Sketch of the medical history of the native army of Bombay, for the year
Year: 1872
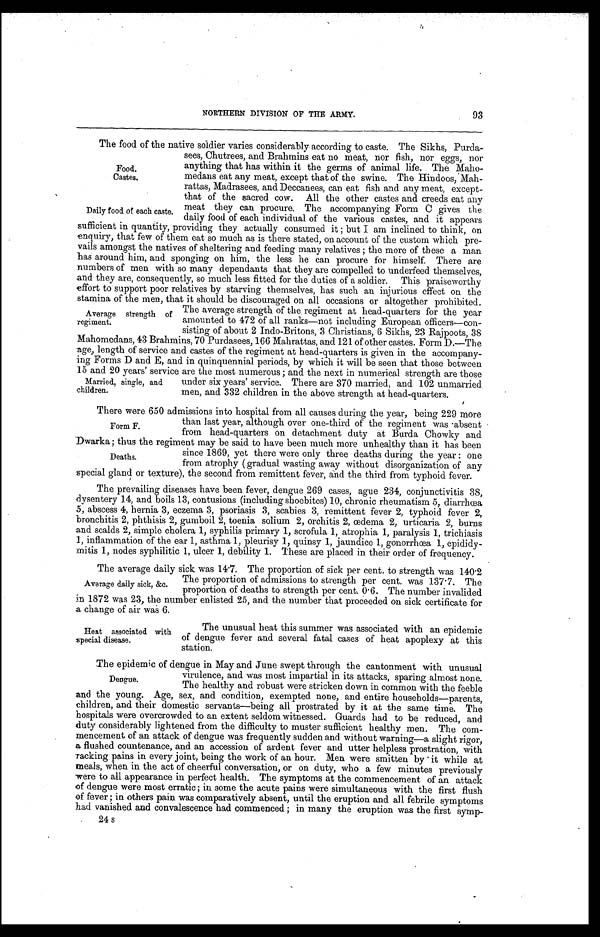
Food.
Castes.
Daily food of each caste.
NORTHERN DIVISION OF THE ARMY.
93
The food of the native soldier varies considerably according to caste. The Sikhs, Purda-
sees, Chutrees, and Brahmins eat no meat, nor fish, nor eggs, nor
anything that has within it the germs of animal life. The Maho-
medans eat any meat, except that of the swine. The Hindoos,
Mah rattas, Madrasees, and Deccanees, can eat fish and any meat, except-
that of the sacred cow. All the other castes and creeds eat any
meat they can procure. The accompanying Form C gives the
daily food of each individual of the various castes, and it appears
sufficient in quantity, providing they actually consumed it ; but I am inclined to think, on
enquiry, that few of them eat so much as is there stated, on account of the custom which pre-
vails amongst the natives of sheltering and feeding many relatives ; the more of these a man
has around him, and sponging on him, the less he can procure for himself. There are
numbers of men with so many dependants that they are compelled to underfeed themselves,
and they are, consequently, so much less fitted for the duties of a soldier. This praiseworthy
effort to support poor relatives by starving themselves, has such an injurious effect on the
stamina of the men, that it should be discouraged on all occasions or altogether prohibited.
The average strength of the regiment at head-quarters for the year
amounted to 472 of all ranks-not including European officers-con-
sisting of about 2 Indo-Britons, 3 Christians, 6 Sikhs, 23 Rajpoots, 38
Mahomedans, 43 Brahmins, 70 Purdasees, 166 Mahrattas, and 121 of other castes. Form D.-The
age, length of service and castes of the regiment at head-quarters is given in the accompany-
ing Forms D and E, and in quinquennial periods, by which it will be seen that those between
15 and 20 years' service are the most numerous ; and the next in numerical strength are those
Average strength of
regiment.
Married, single, and
children.
under six years' service. There are 370 married, and 102 unmarried.
men, and 332 children in the above strength at head-quarters.
There were 650 admissions into hospital from all causes during the year, being 229 more
than last year, although over one-third of the regiment was 'absent
from head-quarters on detachment duty at Burda Chowky and
Dwarka; thus the regiment may be said to have been much more unhealthy than it has been
since 1869, yet there were only three deaths during the year : one
from atrophy ( gradual wasting away without disorganization of any
special gland or texture), the second from remittent fever, and the third from typhoid fever.
The prevailing diseases have been fever, dengue 269 cases, ague 234, conjunctivitis 38,
dysentery 1.4, and boils 13, contusions (including shoebites) 10, chronic rheumatism 5, diarrhea
.5, abscess 4, hernia 3, eczema 3, psoriasis 3, scabies 3, remittent fever 2, typhoid fever 2,
bronchitis 2, phthisis 2, gumboil 2, toenia solium 2, orchitis 2, oedema 2, urticaria 2, burns
and scalds 2, simple cholera 1, syphilis primary 1, scrofula 1, atrophia 1, paralysis 1, trichiasis
1, inflammation of the ear 1, asthma 1, pleurisy 1, quinsy 1, jaundice 1, gonorrhœa 1, epidi dy-
mitis 1, nodes syphilitic 1, ulcer 1, debility 1. These are placed in their order of frequency.
The average daily sick was 141. The proportion of sick per cent. to strength was 140'2
The proportion of admissions to strength per cent. was 137.7. The
proportion of deaths to strength per cent. 0'6. The number invalided
in 1872 was 23, the number enlisted 25, and the number that proceeded on sick certificate for
a change of air was 6.
Form F.
Deaths.
Average daily sick, &c.
Heat associated with
special disease.
The unusual heat this summer was associated with an epidemic
of dengue fever and several fatal cases of heat apoplexy at this
station.
The epidemic of dengue in May and June swept through the cantonment with unusual
virulence, and was most impartial in its attacks, sparing almost none.
The healthy and robust were stricken down in common with the feeble
and the young. Age, sex, and condition, exempted none, and entire households-parents,
children, and their domestic servants-being all prostrated by it at the same time. The
hospitals were overcrowded to an extent seldom witnessed. Guards had to be reduced, and
duty considerably lightened from the difficulty to muster sufficient healthy men. The com-
mencement of an attack of dengue was frequently sudden and without warning-a slight rigor,
a flushed countenance, and an accession of ardent fever and utter helpless prostration, with
Tacking pains in every joint, being the work of an hour. Men were smitten by it while at
meals, when in the act of cheerful conversation, or on duty, who a few minutes previously
'were to all appearance in perfect health. The symptoms at the commencement of an attack
of dengue were most erratic; in some the acute pains were simultaneous with the first flush
of fever ; in others pain was comparatively absent, until the eruption and all febrile symptoms
had vanished and convalescence had commenced ; in many the eruption was the first symp-
24 s
Dengue.